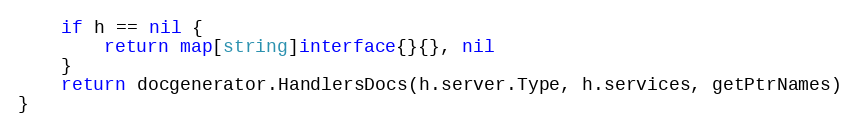
Language: Go
	if h == nil {
		return map[string]interface{}{}, nil
	}
	return docgenerator.HandlersDocs(h.server.Type, h.services, getPtrNames)
}